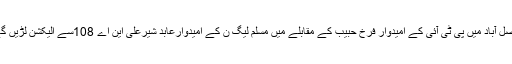
فیصل آباد میں پی ٹی آئی کے امیدوار فرخ حبیب کے مقابلے میں مسلم لیگ ن کے امیدوارعابد شیرعلی این اے 108سے الیکشن لڑیں گے۔